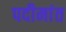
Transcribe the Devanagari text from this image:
पदीमांत